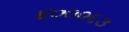
૪૦૦૦૬૩